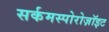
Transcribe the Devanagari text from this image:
सर्कमस्पोरोज़ॉइट